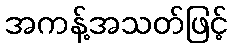
အကန့်အသတ်ဖြင့်